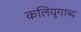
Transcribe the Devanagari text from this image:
कलियुगाब्द